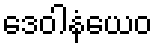
ဒေဝါနံယေဝ